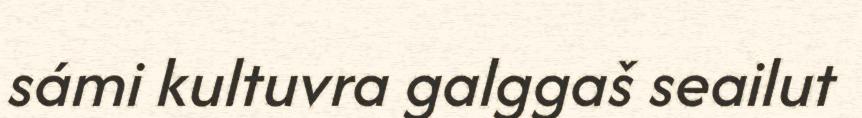
sámi kultuvra galggaš seailut